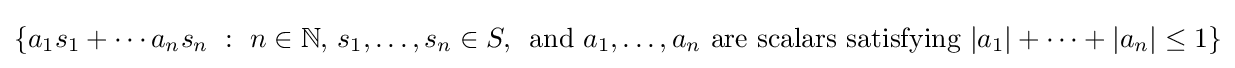
\left\{a_{1}s_{1}+\cdots a_{n}s_{n}~:~n\in \mathbb {N} ,\,s_{1},\ldots ,s_{n}\in S,\,{\text{ and }}a_{1},\ldots ,a_{n}{\text{ are scalars satisfying }}|a_{1}|+\cdots +|a_{n}|\leq 1\right\}